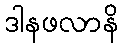
ဒါနဖလာနိ